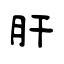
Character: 肝